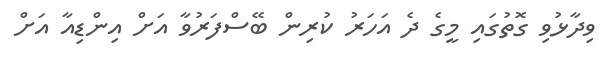
ވިދާޅުވި ގޮތުގައި މީގެ ދެ އަހަރު ކުރިން ބޭސްފަރުވާ އަށް އިންޑިއާ އަށް